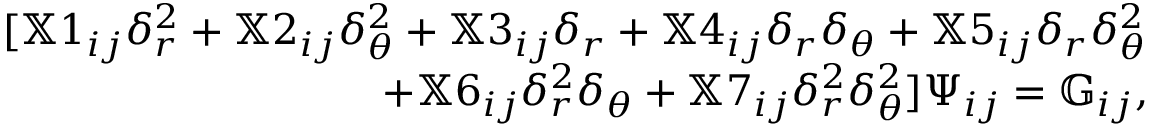
\begin{array} { r } { [ \mathbb { X } 1 _ { i j } \delta _ { r } ^ { 2 } + \mathbb { X } 2 _ { i j } \delta _ { \theta } ^ { 2 } + \mathbb { X } 3 _ { i j } \delta _ { r } + \mathbb { X } 4 _ { i j } \delta _ { r } \delta _ { \theta } + \mathbb { X } 5 _ { i j } \delta _ { r } \delta _ { \theta } ^ { 2 } } \\ { + \mathbb { X } 6 _ { i j } \delta _ { r } ^ { 2 } \delta _ { \theta } + \mathbb { X } 7 _ { i j } \delta _ { r } ^ { 2 } \delta _ { \theta } ^ { 2 } ] \Psi _ { i j } = \mathbb { G } _ { i j } , } \end{array}